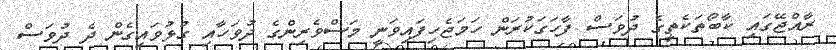
ރާއްޖޭގައި ކާބޯތަކެތީގެ ދުވަސް ފާހަގަކުރަން ހަމަޖެހިފައިވަނީ މަސްވެރިންގެ ދުވަހާއި ގުޅުވައިގެން ދެ ދުވަސް